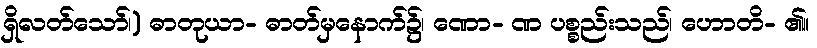
ရှိလတ်သော်၊) ဓာတုယာ- ဓာတ်မှနောက်၌၊ ဏော- ဏ ပစ္စည်းသည်၊ ဟောတိ- ၏။